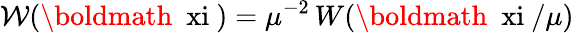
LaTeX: {\mathcal W}(\mathrm{\boldmath~\ xi~})=\mu^{-2}\, W(\mathrm{\boldmath~\ xi~}/\mu)\;